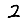
Digit: 2